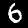
Digit: 6